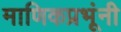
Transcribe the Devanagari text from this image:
माणिकप्रभूंनी